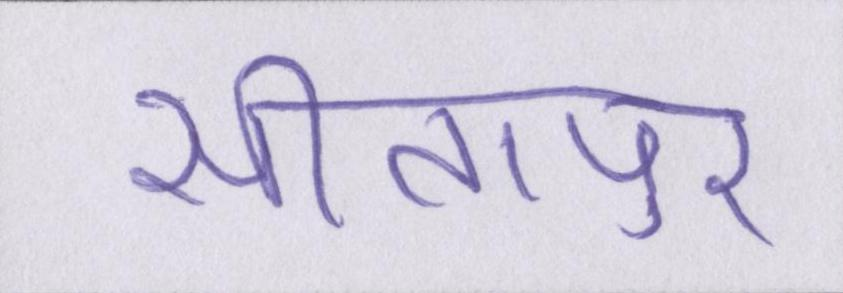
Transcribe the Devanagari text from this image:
सीतापुर